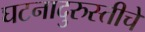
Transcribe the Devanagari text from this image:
घटनादुरुस्तीचे